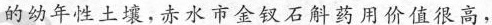
的幼年性土壤，赤水市金钗石斛药用价值很高，